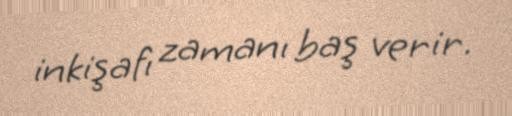
inkişafı zamanı baş verir.